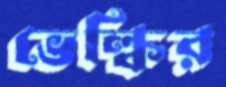
ভেল্কির